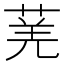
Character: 𬝆